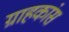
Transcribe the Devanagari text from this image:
ग्राहकांस